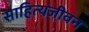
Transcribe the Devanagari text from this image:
साहित्यजीवन